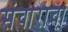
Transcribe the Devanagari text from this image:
संचाराचा